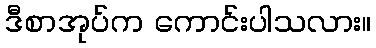
ဒီစာအုပ်က ကောင်းပါသလား။